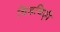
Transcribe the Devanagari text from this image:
चिडचिड़ी